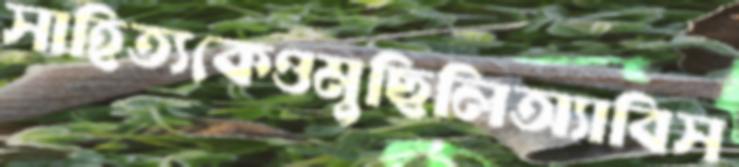
সাহিত্যকেওমুছিলিঅ্যাবিস